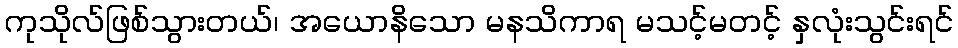
ကုသိုလ်ဖြစ်သွားတယ်၊ အယောနိသော မနသိကာရ မသင့်မတင့် နှလုံးသွင်းရင်